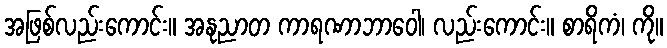
အဖြစ်လည်းကောင်း။ အနုညာတ ကာရဏာဘာဝေါ၊ လည်းကောင်း။ စာရိကံ၊ ကို။